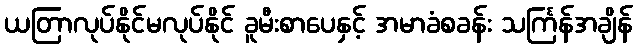
ယတြာလုပ်နိုင်မလုပ်နိုင် ခူမီးစာပေနှင့် အမာခံစခန်း သင်္ကြန်အချိန်